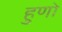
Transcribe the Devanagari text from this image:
हुणो